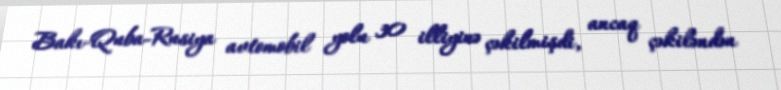
Bakı-Quba-Rusiya avtomobil yolu 30 illiyinə çəkilmişdi, ancaq çəkiləndən